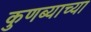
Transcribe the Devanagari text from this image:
कुणब्याच्या